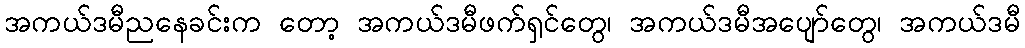
အကယ်ဒမီညနေခင်းက တော့ အကယ်ဒမီဖက်ရှင်တွေ၊ အကယ်ဒမီအပျော်တွေ၊ အကယ်ဒမီ